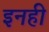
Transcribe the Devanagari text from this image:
इनही